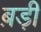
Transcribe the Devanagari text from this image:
ब़ड़ी